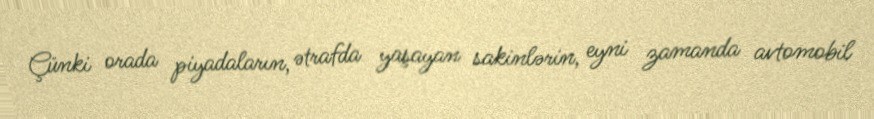
Çünki orada piyadaların, ətrafda yaşayan sakinlərin, eyni zamanda avtomobil